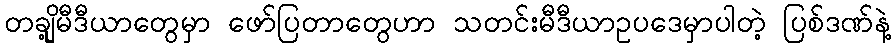
တချို့မီဒီယာတွေမှာ ဖော်ပြတာတွေဟာ သတင်းမီဒီယာဥပဒေမှာပါတဲ့ ပြစ်ဒဏ်နဲ့